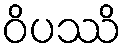
ဝိပဿိ